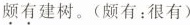
颇有建树。(颇有：很有)